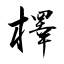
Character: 檡